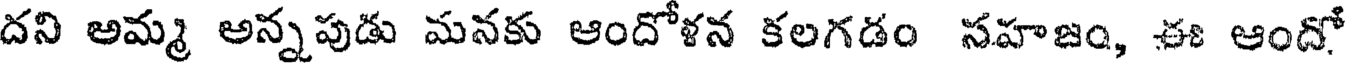
దని అమ్మ అన్నపుడు మనకు ఆందోళన కలగడం సహజం, ఈ ఆందో